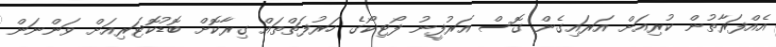
އެއްފަރާތުން ކުރިއަށް އަރައިގެން ގޮސް އަރުފީނު ފޯޓިކޯގެ ހަރުފަތްތައް ގިރާކޮށް ބޮޑުކޮޓަރިއަށް ވަންނަން